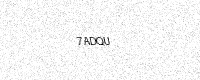
Text: 7ADQU